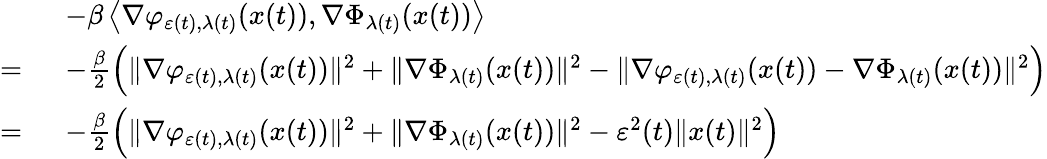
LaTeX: \begin{array}{rl}&{-\beta\left\langle\nabla\varphi_{\varepsilon(t),\lambda(t)}(x(t)),\nabla\Phi_{\lambda(t)}(x(t))\right\rangle}\\ {=\ }&{-\frac{\beta}{2}\Big(\| \nabla\varphi_{\varepsilon(t),\lambda(t)}(x(t))\| ^{2}+\| \nabla\Phi_{\lambda(t)}(x(t))\| ^{2}-\| \nabla\varphi_{\varepsilon(t),\lambda(t)}(x(t))-\nabla\Phi_{\lambda(t)}(x(t))\| ^{2}\Big)}\\ {=\ }&{-\frac{\beta}{2}\Big(\| \nabla\varphi_{\varepsilon(t),\lambda(t)}(x(t))\| ^{2}+\| \nabla\Phi_{\lambda(t)}(x(t))\| ^{2}-\varepsilon^{2}(t)\| x(t)\| ^{2}\Big)}\end{array}